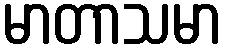
မာတာသမာ